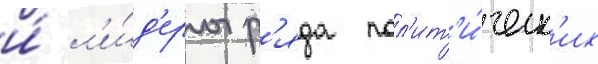
и́ л'и́д'еры р'яда пол'ит'и́ческ'их